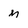
Character: M